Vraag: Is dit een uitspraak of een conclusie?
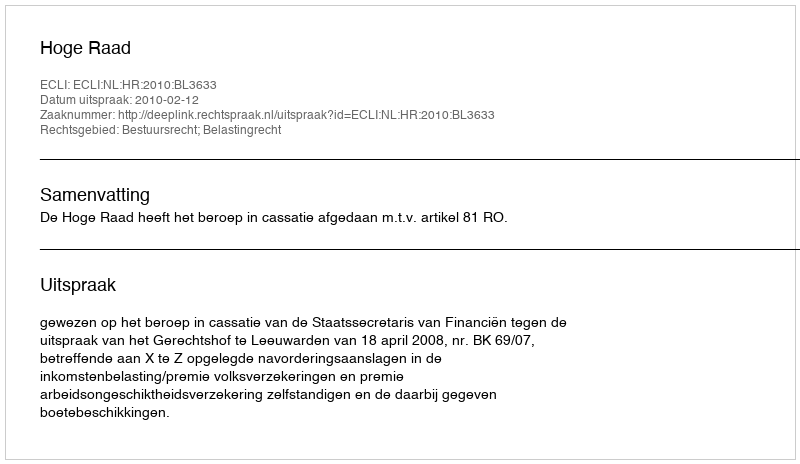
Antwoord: Uitspraak